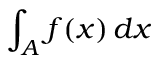
\int _ { A } f ( x ) \, d x